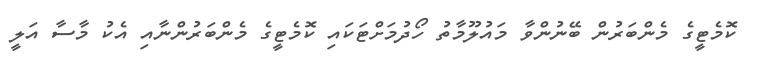
ކޮމެޓީގެ މެންބަރުން ބޭނުންވާ މައުލޫމާތު ހޯދުމަށްޓަކައި ކޮމެޓީގެ މެންބަރުންނާއި އެކު މާސާ އަލީ